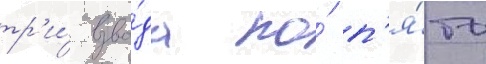
тр'и́ взво́да по́ п'я́ть